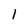
Character: 1